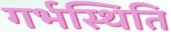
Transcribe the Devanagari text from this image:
गर्भस्थिति